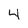
Character: 4